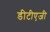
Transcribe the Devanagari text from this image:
डीटीएजी